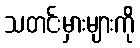
သတင်းမှားများကို